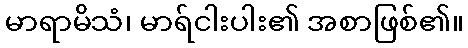
မာရာမိသံ၊ မာရ်ငါးပါး၏ အစာဖြစ်၏။